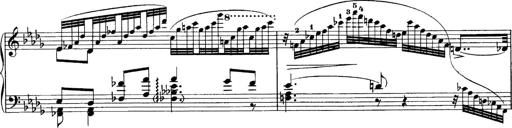
Title: Sonatina No.6
Composer: Ferruccio Busoni